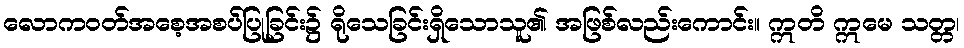
လောကဝတ်အစေ့အစပ်ပြုခြင်း၌ ရိုသေခြင်းရှိသောသူ၏ အဖြစ်လည်းကောင်း။ ဣတိ ဣမေ သတ္တ၊